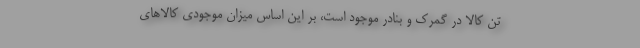
تن کالا در گمرک و بنادر موجود است، بر این اساس میزان موجودی کالاهای